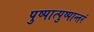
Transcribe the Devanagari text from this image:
पुष्पात्पुष्पान्तरं